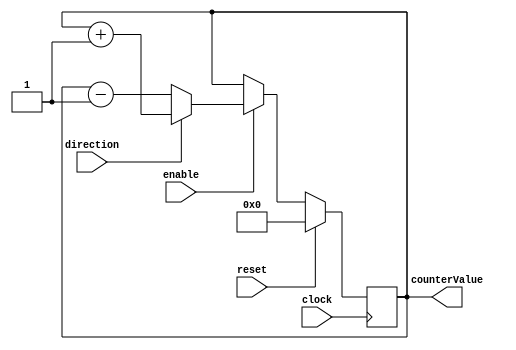
module counter #( parameter WIDTH = 8)
                ( input wire reset,
                             clock,
                             enable,
                             direction, /* a 1 is counting up, a 0 is counting down */
                  output reg [WIDTH-1:0] counterValue);

  always @(posedge clock)
    counterValue <= (reset == 1'b1) ? {WIDTH{1'b0}} : 
                    (enable == 1'b0) ? counterValue :
                    (direction == 1'b1) ? counterValue + 1 : counterValue - 1;
endmodule